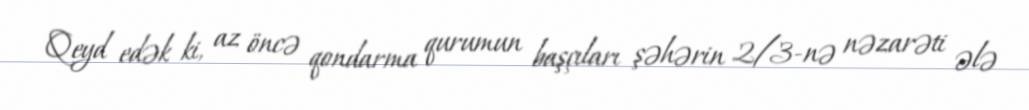
Qeyd edək ki, az öncə qondarma qurumun başçıları şəhərin 2/3-nə nəzarəti ələ